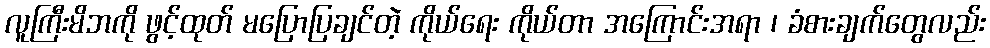
လူကြီးမိဘကို ဖွင့်ထုတ် မပြောပြချင်တဲ့ ကိုယ်ရေး ကိုယ်တာ အကြောင်းအရာ ၊ ခံစားချက်တွေလည်း